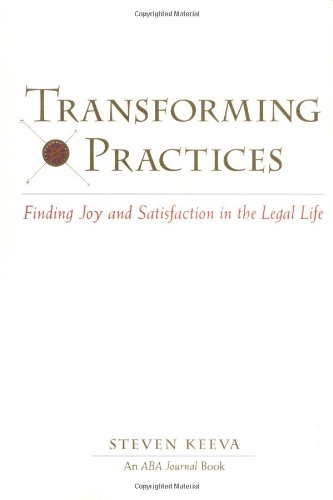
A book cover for Transforming Practices : Finding Joy and Satisfaction in the Legal Life; Steven Keeva; Law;